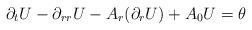
LaTeX: \begin{align*}\partial_t U -\partial_{rr} U - A_r(\partial_r U) + A_0 U = \theta \end{align*}